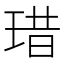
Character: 𤦘